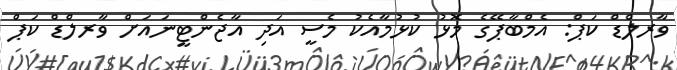
ވާރލްޑް ކަޕް: އެމްބާޕޭގެ މޮޅު ކުޅުމާއެކު މެސީ އަދި އާޖެންޓީނައަށް ވާރލްޑް ކަޕް